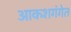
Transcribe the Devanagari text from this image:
आकशगंगेत